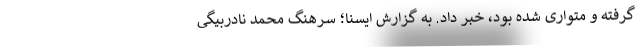
گرفته و متواری شده بود، خبر داد. به گزارش ایسنا؛ سرهنگ محمد نادربیگی